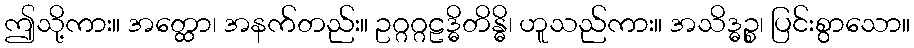
ဤသို့ကား။ အတ္ထော၊ အနက်တည်း။ ဥဂ္ဂဂ္ဂဠဒ္ဓိတိန္ဓိ၊ ဟူသည်ကား။ အသိဒ္ဓဉ္စ၊ ပြင်းစွာသော။